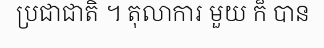
ប្រជាជាតិ ។ តុលាការ មួយ ក៏ បាន